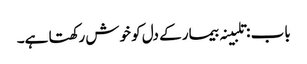
باب : تلبینہ بیمار کے دل کو خوش رکھتا ہے۔